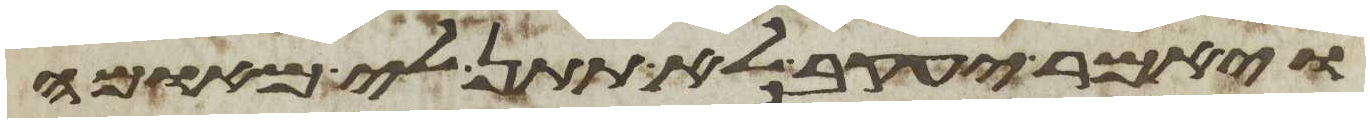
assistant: ויאמר יעקב לא תתן לי מאומה